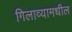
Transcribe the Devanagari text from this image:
गिलाव्यामधील